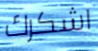
اشكرك